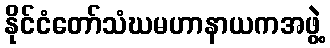
နိုင်ငံတော်သံဃမဟာနာယကအဖွဲ့